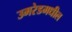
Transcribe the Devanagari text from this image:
उमरेडमधील